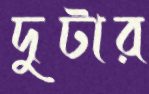
দুটার